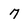
Character: 7